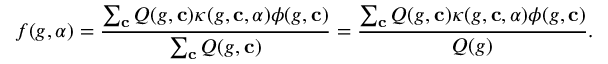
f ( g , \alpha ) = \frac { \sum _ { \mathbf { c } } Q ( g , \mathbf { c } ) \kappa ( g , \mathbf { c } , \alpha ) \phi ( g , \mathbf { c } ) } { \sum _ { \mathbf { c } } Q ( g , \mathbf { c } ) } = \frac { \sum _ { \mathbf { c } } Q ( g , \mathbf { c } ) \kappa ( g , \mathbf { c } , \alpha ) \phi ( g , \mathbf { c } ) } { Q ( g ) } .